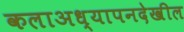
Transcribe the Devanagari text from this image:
कलाअध्यापनदेखील